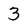
Character: 3